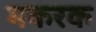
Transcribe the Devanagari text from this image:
मकरक